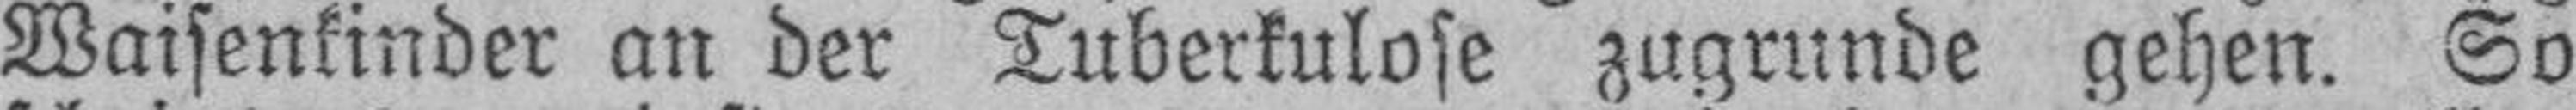
Waisenkinder an der Tuberkulose zugrunde gehen. So